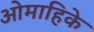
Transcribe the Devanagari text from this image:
ओमाहिके